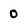
Character: 0